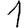
Digit: 1